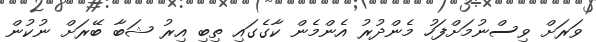
ވަރަށް ވިސްނުމަށްފަހު މެންދުރު އެންމެން ކާގެގައި ތިބި އިރު ޝަބާ ބޭރަށް ނުކުން